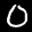
Label: 0